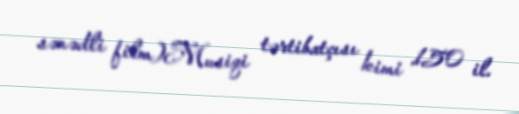
sənədli film)Musiqi tərtibatçısı kimi 150 il.